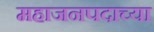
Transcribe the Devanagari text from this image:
महाजनपदाच्या